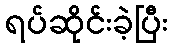
ရပ်ဆိုင်းခဲ့ပြီး